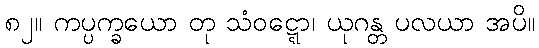
၈၂။ ကပ္ပက္ခယော တု သံဝဋ္ဋော၊ ယုဂန္တ ပလယာ အပိ။